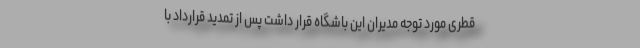
قطری مورد توجه مدیران این باشگاه قرار داشت پس از تمدید قرارداد با